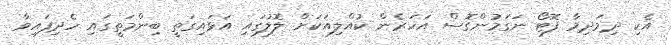
އެކި ދިމަދިމާ ފޮޓޯ ނަގަމުންގޮސް އަހަރެން ކުއްލިއަކަށް ލޮލުގައި އަޅައިގަތީ ބިންމަތީގައި ހެދިފައިވާ